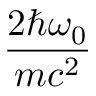
\frac { 2 \hbar \omega _ { 0 } } { m c ^ { 2 } }